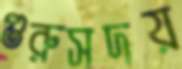
গুরুসদয়